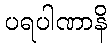
ပရပါဏာနိ